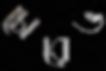
চোরেভ